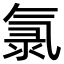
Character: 氯